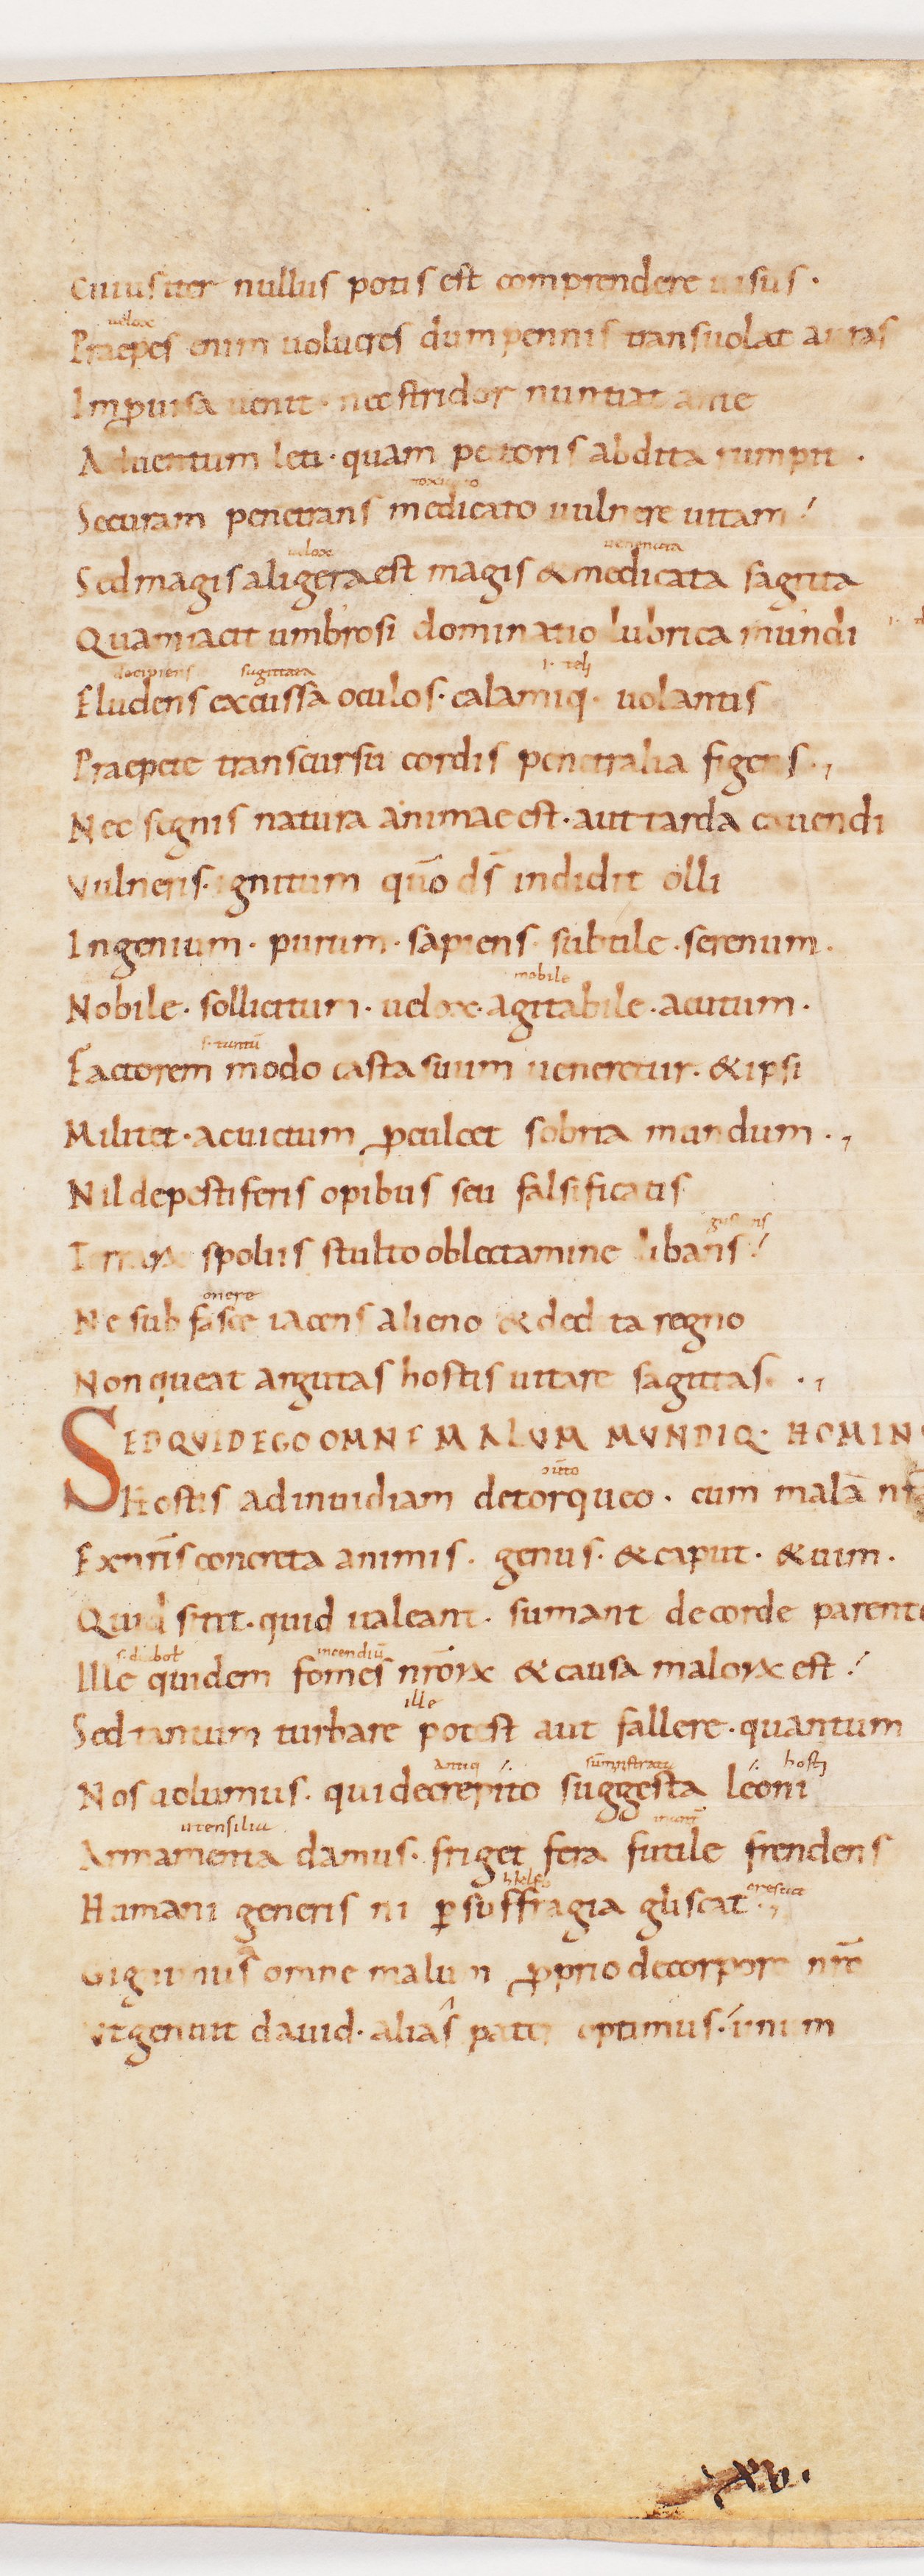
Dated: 885–915